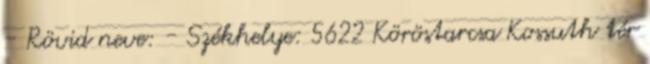
- Rövid neve: - Székhelye: 5622 Köröstarcsa Kossuth tér